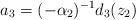
LaTeX: \begin{align*}a_3=(-\alpha_2)^{-1} d_3(z_2)\end{align*}